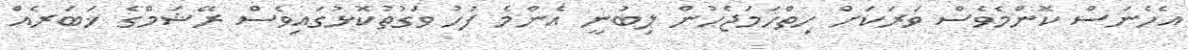
އެހެނަސް ކޮންމެވެސް ވަރަކަށް ހިތްހަމަޖެހުން ލިބުނީ އެންމެ ފަހު ވަގުތުކޮޅުގައިވެސް ރޭޝަމްގެ ޚަބަރެއް